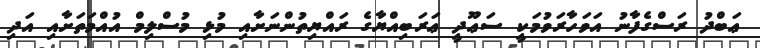
ޢަބްދު ރަސްގެފާނު އަވަހާރަވުމަކީ ސަޢޫދީ ޢަރަބިއްޔާގެ ރައްޔިތުންނަށާއި މުޅި މުސްލިމް އުއްމަތަށާއި އަދި